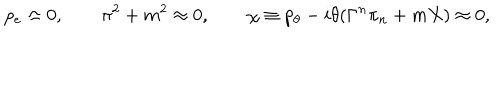
p _ { e } \approx 0 , \qquad \pi ^ { 2 } + m ^ { 2 } \approx 0 , \qquad \chi \equiv p _ { \theta } - i \theta ( \Gamma ^ { n } \pi _ { n } + m X ) \approx 0 ,